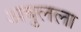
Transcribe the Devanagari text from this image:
अबुलला